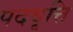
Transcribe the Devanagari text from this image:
पदवृत्ति